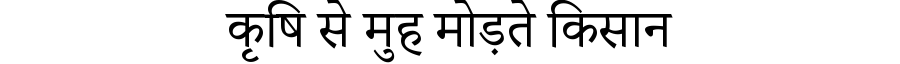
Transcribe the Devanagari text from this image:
कृषि से मुह मोड़ते किसान